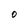
Character: O